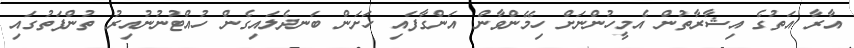
އާރާ އަތުގެ އިޝާރާތުން އެމީހުންނަށް ހިމޭންވާން އަންގާފައި ހަށަން ބަނދެލައިގެން ހުއްޓުނުނުއިރު ތުންފަތުގައި